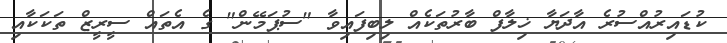
ކުޑައިރުއްސުރެ އާދަޔާ ޚިލާފް ބާރުތަކެއް ލިބިފައިވާ "ސުޕަމޭން" ގެ އެތައް ސީރީޒް ތަކަކާއި